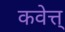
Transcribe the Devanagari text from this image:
कवेत्त्